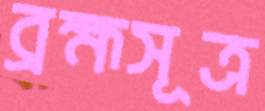
ব্রহ্মসূত্র